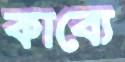
কাব্যে